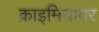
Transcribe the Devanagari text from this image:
क्राइमियावर